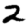
Digit: 2